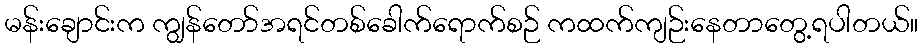
မန်းချောင်းက ကျွန်တော်အရင်တစ်ခေါက်ရောက်စဉ် ကထက်ကျဉ်းနေတာတွေ့ရပါတယ်။